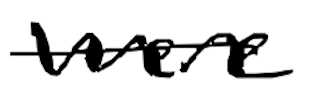
Text: were
Cross-out: single-line
Writing tool: digital_black